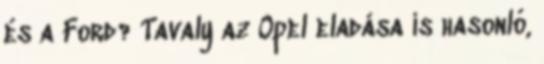
és a Ford? Tavaly az Opel eladása is hasonló,